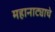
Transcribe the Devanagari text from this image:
महानाट्याचे